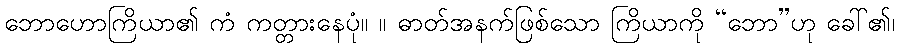
ဘောဟောကြိယာ၏ ကံ ကတ္တားနေပုံ။ ။ ဓာတ်အနက်ဖြစ်သော ကြိယာကို “ဘော”ဟု ခေါ်၏၊